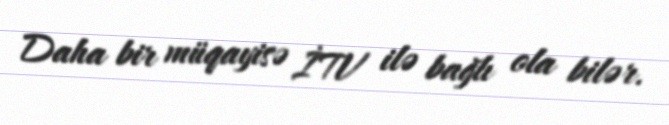
Daha bir müqayisə İTV ilə bağlı ola bilər.